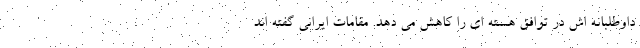
داوطلبانه اش در توافق هسته ای را کاهش می دهد. مقامات ایرانی گفته اند